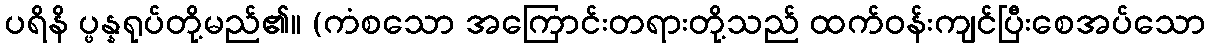
ပရိနိ ပ္ဖန္နရုပ်တို့မည်၏။ (ကံစသော အကြောင်းတရားတို့သည် ထက်ဝန်းကျင်ပြီးစေအပ်သော